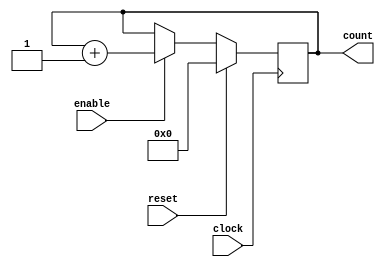
                                
module counter_13 (clock, enable, reset, count);

parameter BIT_SZ = 13;
input clock;
input enable;
input reset;
output [BIT_SZ-1:0] count;

reg [BIT_SZ-1:0] count;

initial count = 0;

always @(posedge clock)

		if(reset==1'b1)
			count <= 0;
		else
			if(enable== 1'b1)
			count <= count + 1'b1;
			
			
endmodule